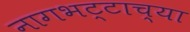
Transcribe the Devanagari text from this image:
नागभट्टाच्या